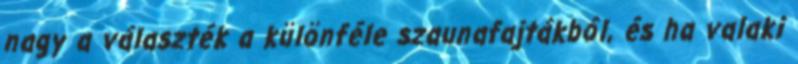
nagy a választék a különféle szaunafajtákból, és ha valaki